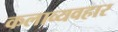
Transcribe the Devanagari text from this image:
कलाव्यवहार